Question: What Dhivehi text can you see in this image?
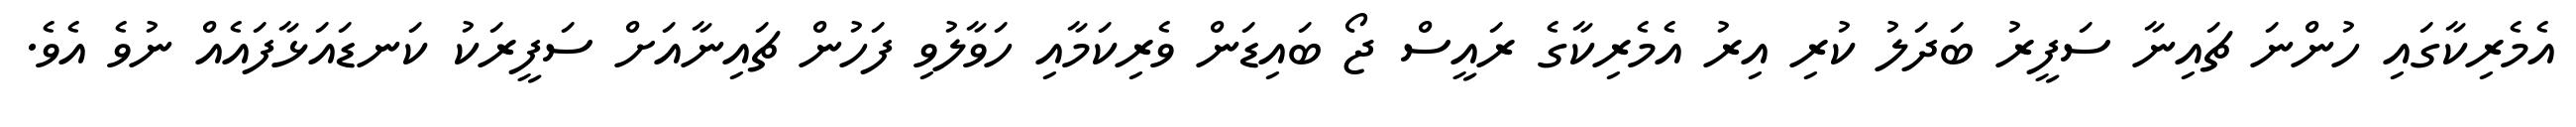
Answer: އެމެރިކާގައި ހުންނަ ޗައިނާ ސަފީރު ބަދަލު ކުރި އިރު އެމެރިކާގެ ރައީސް ޖޯ ބައިޑަން ވެރިކަމާއި ހަވާލުވި ފަހުން ޗައިނާއަށް ސަފީރަކު ކަނޑައަޅާފައެއް ނުވެ އެވެ.